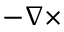
- \nabla \times